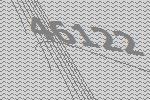
46122